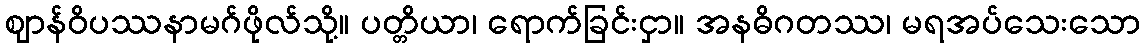
ဈာန်ဝိပဿနာမဂ်ဖိုလ်သို့။ ပတ္တိယာ၊ ရောက်ခြင်းငှာ။ အနဓိဂတဿ၊ မရအပ်သေးသော